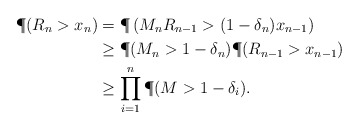
\begin{align*}\P(R_n> x_n)&=\P\left(M_n R_{n-1}>(1-\delta_n)x_{n-1}\right)\\&\geq \P(M_n> 1-\delta_n)\P(R_{n-1}>x_{n-1})\\&\geq \prod_{i=1}^{n} \P(M>1-\delta_i).\end{align*}